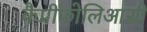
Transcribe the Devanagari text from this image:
कैप्रीफोलिआसी